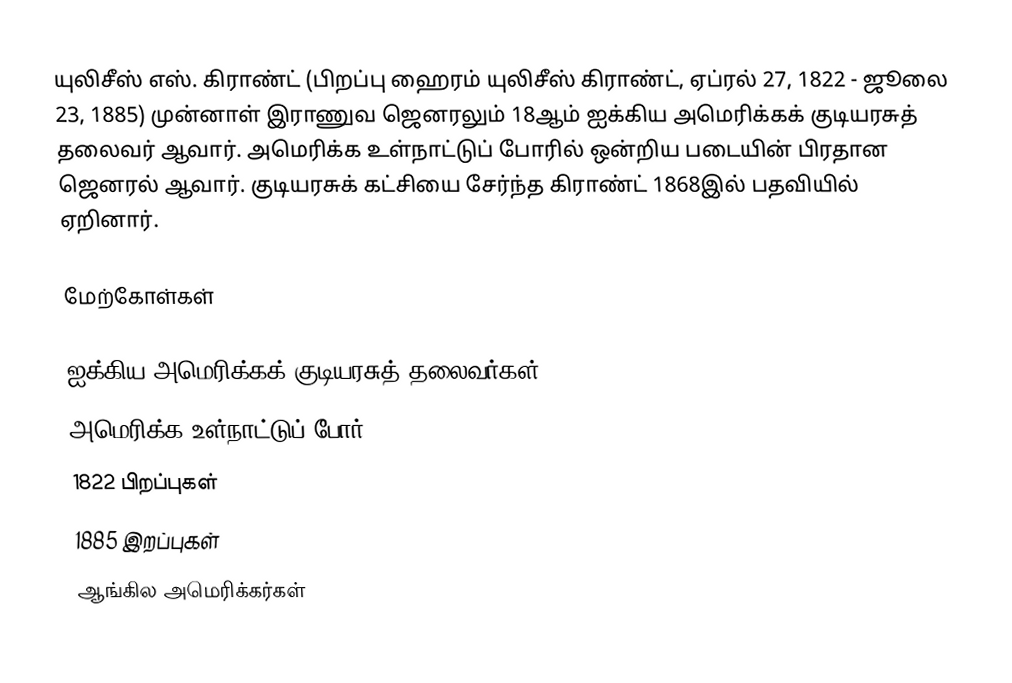
யுலிசீஸ் எஸ். கிராண்ட் (பிறப்பு ஹைரம் யுலிசீஸ் கிராண்ட், ஏப்ரல் 27, 1822 - ஜூலை 23, 1885) முன்னாள் இராணுவ ஜெனரலும் 18ஆம் ஐக்கிய அமெரிக்கக் குடியரசுத் தலைவர் ஆவார். அமெரிக்க உள்நாட்டுப் போரில் ஒன்றிய படையின் பிரதான ஜெனரல் ஆவார். குடியரசுக் கட்சியை சேர்ந்த கிராண்ட் 1868இல் பதவியில் ஏறினார்.

மேற்கோள்கள்

ஐக்கிய அமெரிக்கக் குடியரசுத் தலைவர்கள்
அமெரிக்க உள்நாட்டுப் போர்
1822 பிறப்புகள்
1885 இறப்புகள்
ஆங்கில அமெரிக்கர்கள்